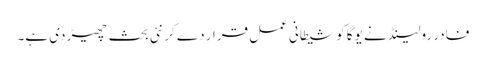
فادر رولینڈ نے یوگا کو شیطانی عمل قرار دے کر نئی بحث چھیڑ دی ہے۔